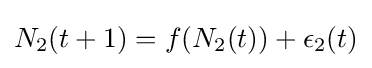
N_{2}(t+1)=f(N_{2}(t))+\epsilon _{2}(t)